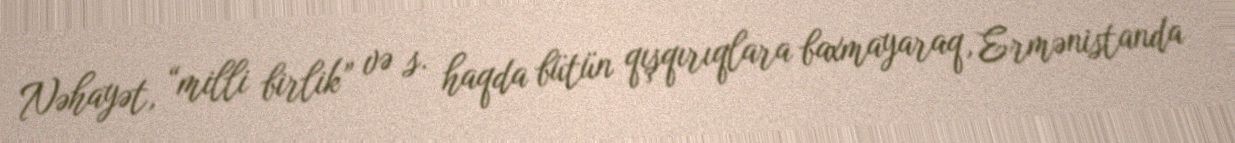
Nəhayət, “milli birlik” və s. haqda bütün qışqırıqlara baxmayaraq, Ermənistanda